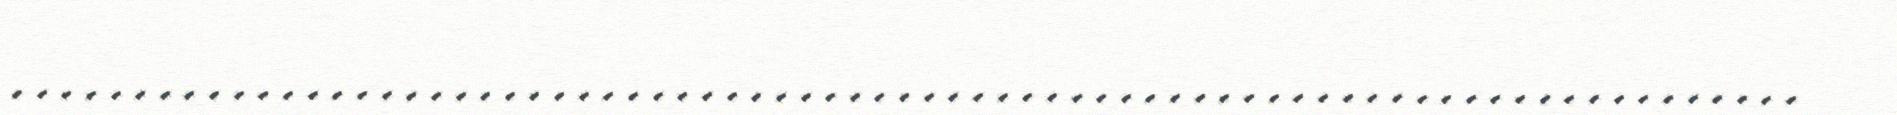
.........................................................................